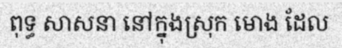
ពុទ្ធ សាសនា នៅក្នុងស្រុក មោង ដែល